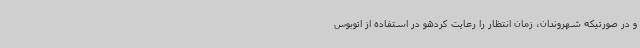
و در صورتیکه شهروندان، زمان انتظار را رعایت کردهو در استفاده از اتوبوس